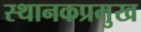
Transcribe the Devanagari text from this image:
स्थानकप्रमुख